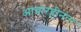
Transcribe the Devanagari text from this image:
आचारहीनता